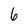
Character: 6